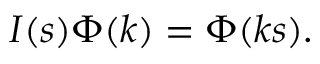
I ( s ) \Phi ( k ) = \Phi ( k s ) .